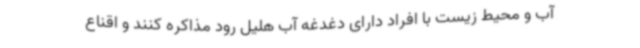
آب و محیط زیست با افراد دارای دغدغه آب هلیل رود مذاکره کنند و اقناع